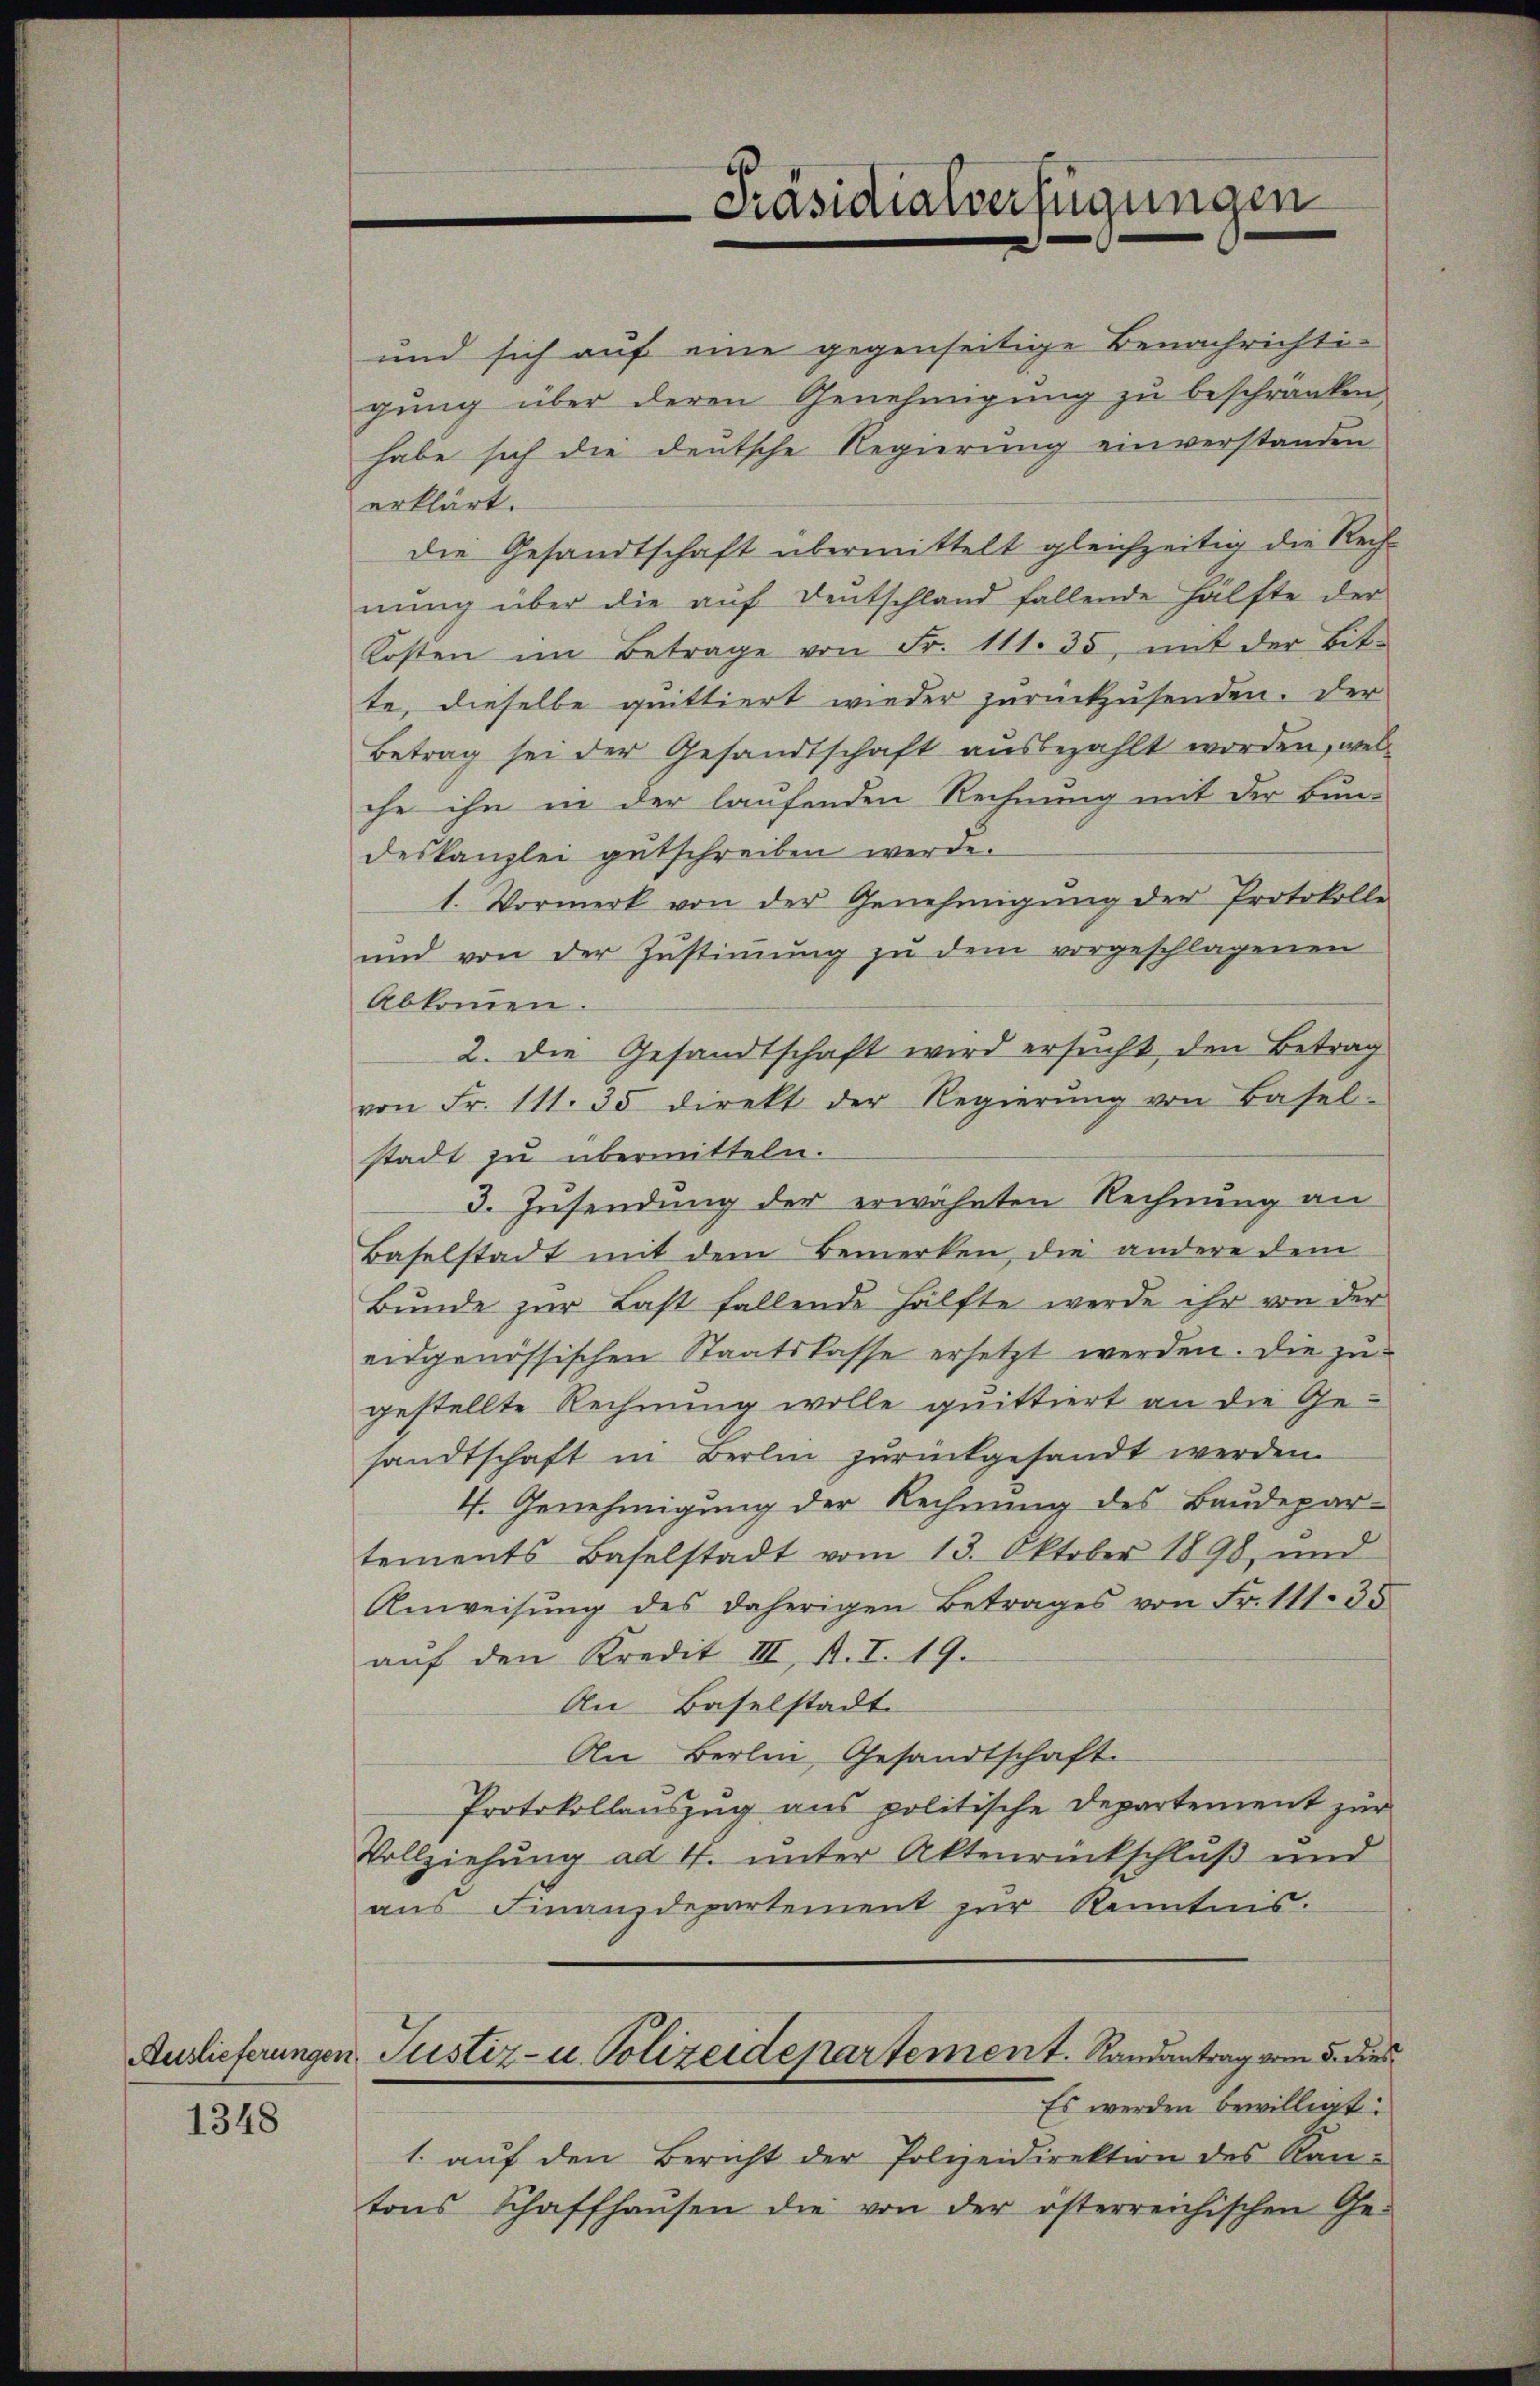
Auslieferunger.

1348

und sich auf eine gegenseitige Benachrichtigŭng über deren Genehmigŭng zŭ beschränken
habe sich die deutsche Regierung einverstanden
erklärt.
die Gesandtschaft übermittelt gleichzeitig die Rechnung über die auf Deutschland fallende Hälfte der
Kosten im Betrage von Fr. 111. 35, mit der bit-
te, dieselbe quittiert wieder zurückzusenden. Der
Betrag sei der Gesandtschaft ausbezahlt worden, wel
che ihn in der laufenden Rechnung mit der Bun-
deskanzlei gutschreiben werde.
1. Vormerk von der Genehmigŭng der Protokolle
und von der Zustimmung zu dem vorgeschlagenen
Abkommen.
2. die Gesandtschaft wird ersucht, den Betrag
von Fr. 111. 35 direkt der Regierŭng von Basel-
stadt zu übermitteln.
3. Zusendung der erwähnten Rechnung an
Baselstadt mit dem Bemerken, die andere dem
Bŭnde zŭr Last fallende Hälfte werde ihr von der
eidgenössischen Staatskasse ersetzt werden. Die zu
gestellte Rechnung wolle quittiert an die Ge-
sandtschaft in Berlin zŭrückgesandt werden.
4. Genehmigung der Rechnung des Baudepar-
tements Baselstadt vom 13. Oktober 1898, und
Anweisŭng des daherigen Betrages von Fr. 111. 35
auf den Kredit III, A. I. 19.
An Baselstadt
An Berlin, Gesandtschaft.
Protokollauszug aus politische Departement zur
Vollziehung ad 4. unter Aktenrückschluß und
aus Finanzdepartement zur Kenntnis.
Justiz- u. Polizeidepartement. Randantrag vom 5. dies
Es werden bewilligt:
1. aŭf den Bericht der Polizeidirektion des Kan-
tons Schaffhaŭsen die von der österreichischen Ge-

Präsidialverfügungen